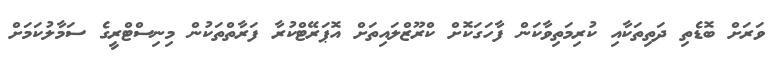
ވަރަށް ބޮޑެތި ދަތިތަކާއި ކުރިމަތިވާކަން ފާހަގަކޮށް ކްރޫޒްލައިތަށް އޮޕަރޭޓްކުރާ ފަރާތްތަކުން މިނިސްޓްރީގެ ސަމާލުކަމަށް